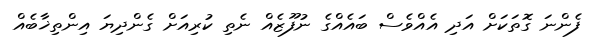
ފެންނަ ގޮތަކަށް އަދި އެއްވެސް ބައެއްގެ ނުފޫޒެއް ނެތި ކުރިއަށް ގެންދިޔަ އިންތިޚާބެއް